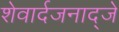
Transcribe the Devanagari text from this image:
शेवार्दजनाद्जे